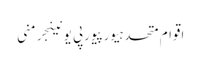
اقوام متحدہیورپیورپی یونینجرمنی